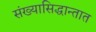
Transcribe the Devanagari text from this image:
संख्यासिद्धान्तात